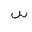
Letter: _sin